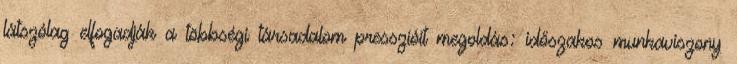
látszólag elfogadják a többségi társadalom presszióit megoldás: időszakos munkaviszony